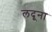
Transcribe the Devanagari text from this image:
लदूना